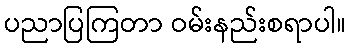
ပညာပြကြတာ ဝမ်းနည်းစရာပါ။